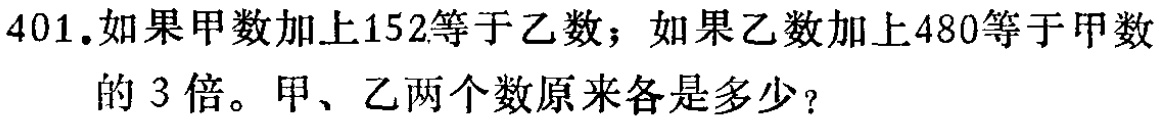
401.如果甲数加上152等于乙数；如果乙数加上480等于甲数的 3 倍。甲、乙两个数原来各是多少？